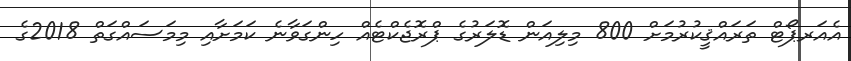
އެއަރޕޯޓް ތަރައްޤީކުރުމަށް 800 މިލިއަން ޑޮލަރުގެ ޕްރޮޖެކްޓެއް ހިންގަވާނެ ކަމަށާއި މިމަސައްގަތް 2018ގެ